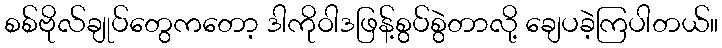
စစ်ဗိုလ်ချုပ်တွေကတော့ ဒါကိုဝါဒဖြန့်စွပ်စွဲတာလို့ ချေပခဲ့ကြပါတယ်။